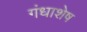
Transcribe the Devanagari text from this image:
गंधाशेष